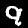
Digit: 9